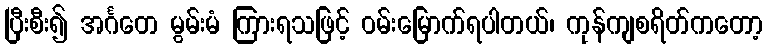
ပြီးစီး၍ အင်္ဂတေ မွမ်းမံ ကြားရသဖြင့် ဝမ်းမြောက်ရပါတယ်၊ ကုန်ကျစရိတ်ကတော့